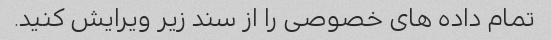
تمام داده های خصوصی را از سند زیر ویرایش کنید.